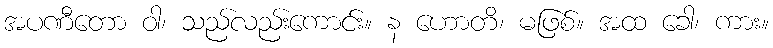
အပဏီတော ဝါ၊ သည်လည်းကောင်း။ န ဟောတိ၊ မဖြစ်။ အထ ခေါ၊ ကား။